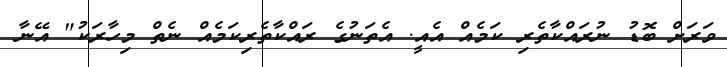
ވަރަށް ބޮޑު ނުރައްކާތެރި ކަމެއް އެއީ. އެތަނުގެ ރައްކާތެރިކަމެއް ނެތް މިހާރަކު" އޭނާ